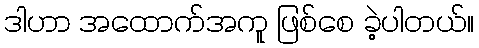
ဒါဟာ အထောက်အကူ ဖြစ်စေ ခဲ့ပါတယ်။